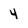
Character: 4